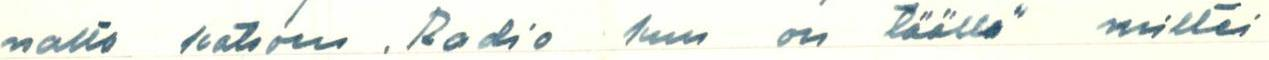
nalto katsoen . Radio kun  on täällä miltei